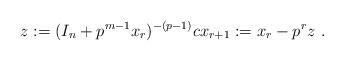
LaTeX: \begin{align*}z := (I_{n} + p^{m-1}x_{r})^{-(p-1)}c x_{r+1} := x_{r} - p^{r}z \ .\end{align*}